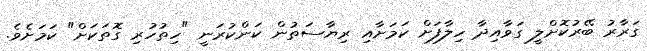
ގަރާރު ބޭރުކޮށްލީ ގަވާއިދާ ހިލާފަށް ކަމަށާއި ރިޔާސަތުން ކަންކުރަނީ "ހިތުހުރި ގޮތަކަށް" ކަމަށެވެ.